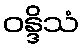
ဝန္ဒိသံ